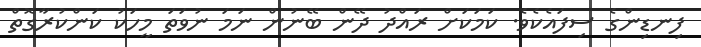
ފިނޑިންގެ ސިފައެކެވެ. ކަމަކަށް ރައްދު ދޭން ބޭނުން ނަމަ ނުވަތަ މީހަކު ކަންކުރާގޮތް